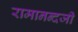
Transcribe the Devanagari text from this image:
रामानन्दजी